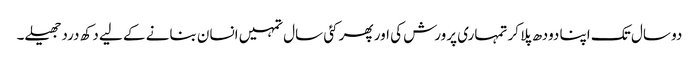
دو سال تک اپنا دودھ پلا کر تمہاری پرورش کی اور پھر کئی سال تمہیں انسان بنانے کے لیے دکھ درد جھیلے۔